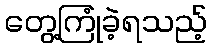
တွေ့ကြုံခဲ့ရသည့်